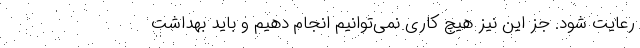
رعایت شود. جز این نیز هیچ کاری نمی‌توانیم انجام دهیم و باید بهداشت